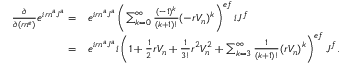
\begin{array} { r l } { \frac { \partial } { \partial ( r n ^ { e } ) } e ^ { i r n ^ { a } J ^ { a } } = } & { e ^ { i r n ^ { a } J ^ { a } } \left( \sum _ { k = 0 } ^ { \infty } \frac { ( - 1 ) ^ { k } } { ( k + 1 ) ! } ( - r V _ { n } ) ^ { k } \right) ^ { e f } i J ^ { f } } \\ { = } & { e ^ { i r n ^ { a } J ^ { a } } i \left( \mathbb { 1 } + \frac { 1 } { 2 } r V _ { n } + \frac { 1 } { 3 ! } r ^ { 2 } V _ { n } ^ { 2 } + \sum _ { k = 3 } ^ { \infty } \frac { 1 } { ( k + 1 ) ! } ( r V _ { n } ) ^ { k } \right) ^ { e f } J ^ { f } . } \end{array}